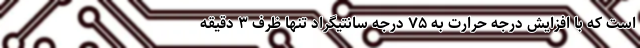
است که با افزایش درجه حرارت به ۷۵ درجه سانتیگراد تنها ظرف ۳ دقیقه